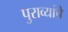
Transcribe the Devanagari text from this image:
पुराव्यांचे